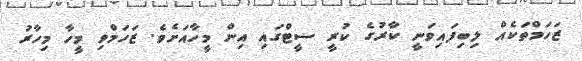
ޒަހަމްތަކެއް ލިބިފައިވަނީ ކާރުގެ ކުރީ ސީޓްގައި އިން މީހާއަށެވެ. ޒަހަމްވި މީހާ މިހާރު